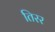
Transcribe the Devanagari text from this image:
तिरर